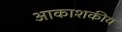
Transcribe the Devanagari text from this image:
आकाशकीय